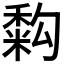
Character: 𥡚